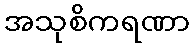
အသုစိကရဏာ